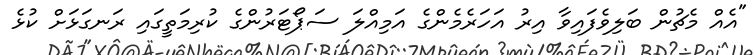
"އެއް މެޗުން ބަލިވެފައިވާ އިރު އަހަރެމެންގެ އަމިއްލަ ސަޕޯޓަރުންގެ ކުރިމަތީގައި ރަނގަޅަށް ކުޅެ